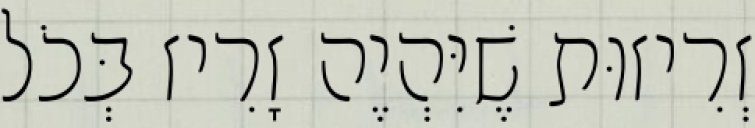
זְרִיזוּת שֶׁיִּהְיֶה זָרִיז בְּכֹל